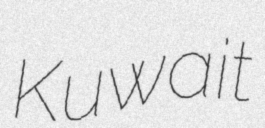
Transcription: Kuwait